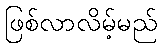
ဖြစ်လာလိမ့်မည်